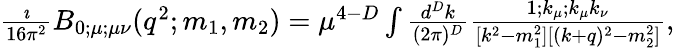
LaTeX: \begin{array}{r}{\frac{\imath}{16\pi^{2}}B_{0;\mu;\mu\nu}(q^{2};m_{1},m_{2})=\mu^{4-D}\int\frac{d^{D}k}{(2\pi)^{D}}\frac{1;k_{\mu};k_{\mu}k_{\nu}}{[k^{2}-m_{1}^{2}][(k+q)^{2}-m_{2}^{2}]},}\end{array}